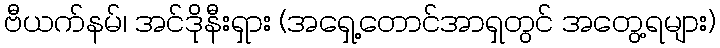
ဗီယက်နမ်၊ အင်ဒိုနီးရှား (အရှေ့တောင်အာရှတွင် အတွေ့ရများ)